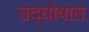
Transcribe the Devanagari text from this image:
उद्‌घोषात